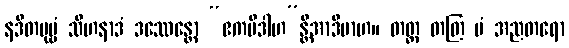
နဒိတပုဗ္ဗံ သီဟနာဒံ ဒဿေန္တော “ဧကမိဒါဟ”န္တိအာဒိမာဟ။ တတ္ထ တတြ မံ အညတရော